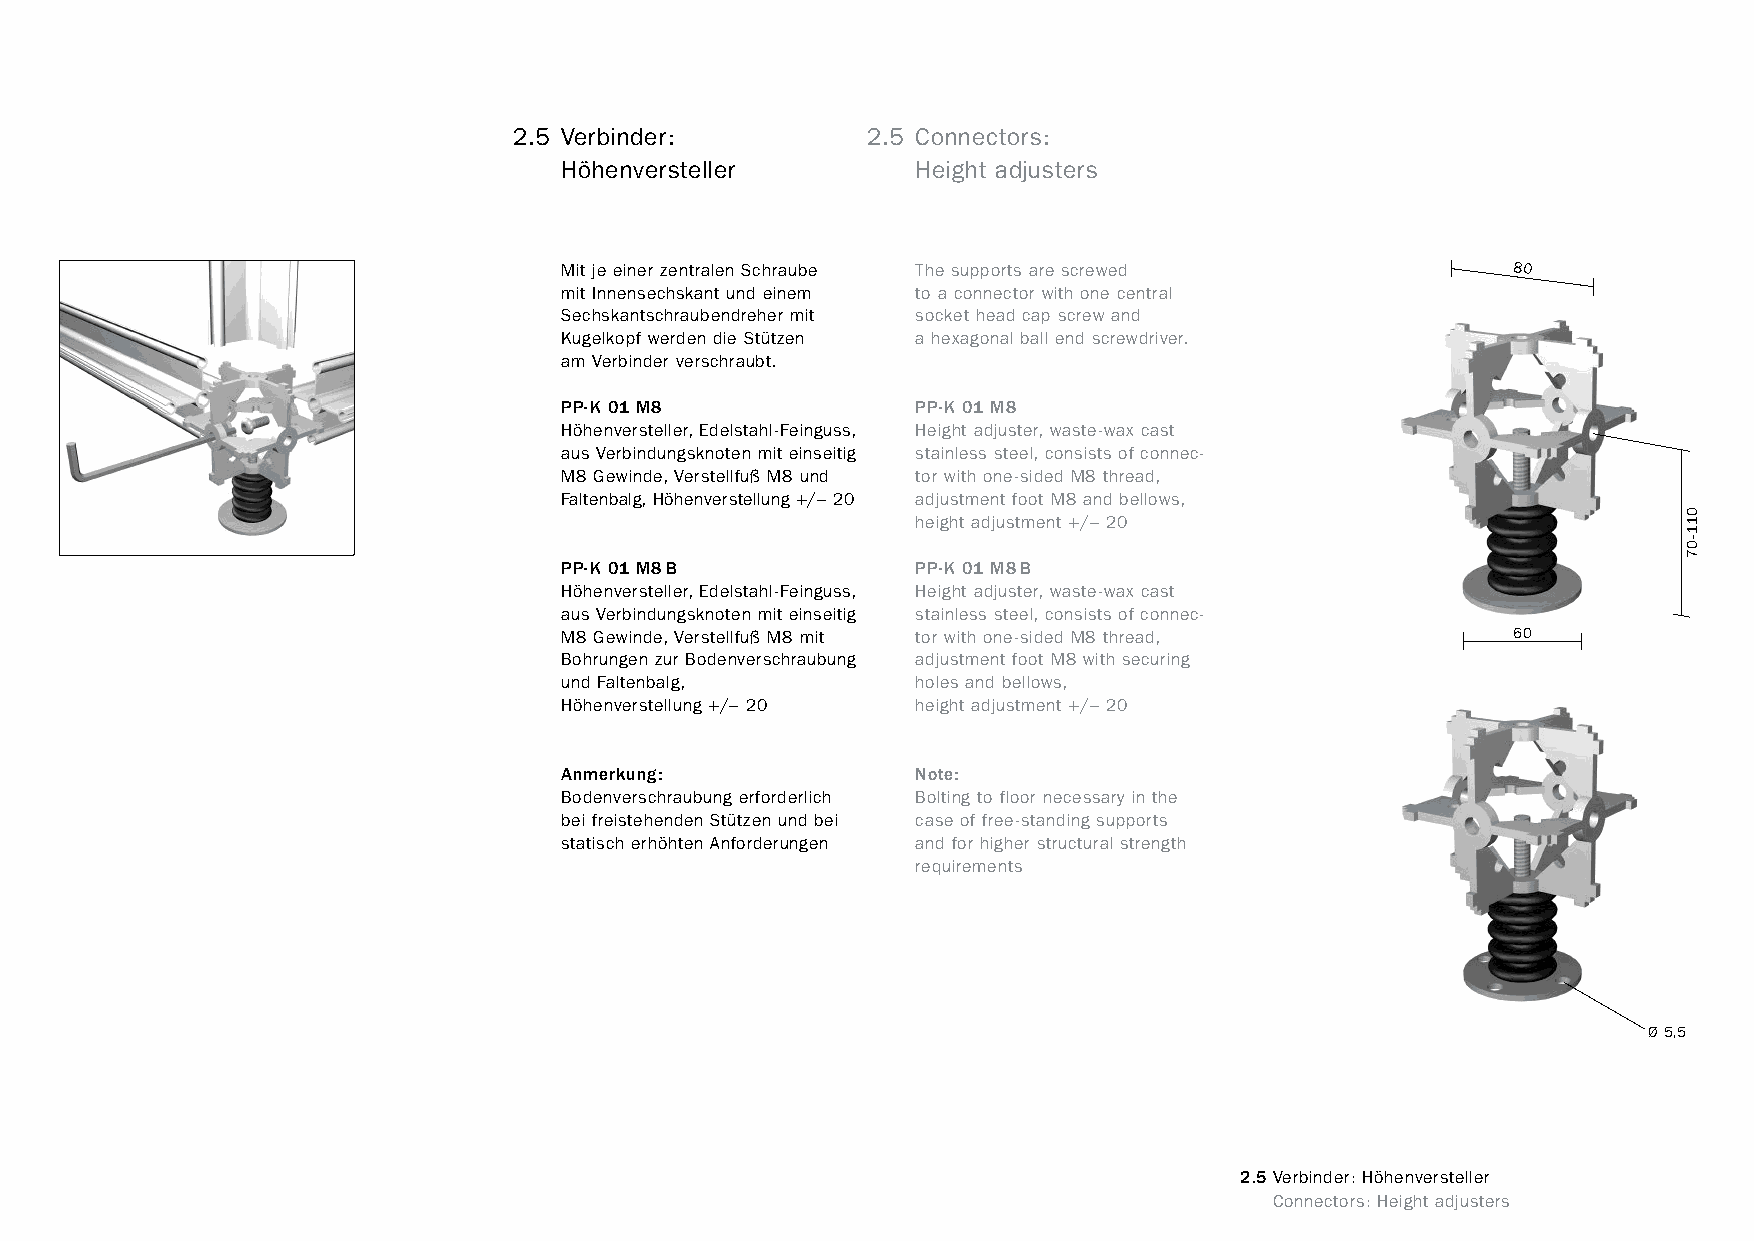
constructivpila petite        2.5 Verbinder:         2.5 Connectors:
 Höhenversteller         Height adjusters
 Mit je einer zentralen Schraube The supports are screwed       80
 mit Innensechskant und einem to a connector with one central
 Sechskantschraubendreher mit socket head cap screw and
 Kugelkopf werden die Stützen a hexagonal ball end screwdriver.
 am Verbinder verschraubt.
 PP-K 01 M8              PP-K 01 M8
 Höhenversteller, Edelstahl-Feinguss, Height adjuster, waste-wax cast
 aus Verbindungsknoten mit einseitig stainless steel, consists of connec-
 M8 Gewinde, Verstellfuß M8 und tor with one-sided M8 thread,
 Faltenbalg, Höhenverstellung +/– 20 adjustment foot M8 and bellows,
 height adjustment +/– 20
 PP-K 01 M8B             PP-K 01 M8B
 Höhenversteller, Edelstahl-Feinguss, Height adjuster, waste-wax cast
 aus Verbindungsknoten mit einseitig stainless steel, consists of connec-
 M8 Gewinde, Verstellfuß M8 mit tor with one-sided M8 thread,   60
 Bohrungen zur Bodenverschraubung adjustment foot M8 with securing
 und Faltenbalg,         holes and bellows,
 Höhenverstellung +/– 20 height adjustment +/– 20
 Anmerkung:              Note:
 Bodenverschraubung erforderlich Bolting to floor necessary in the
 bei freistehenden Stützen und bei case of free-standing supports
 statisch erhöhten Anforderungen and for higher structural strength
 requirements
 Ø5,5
 2.5Verbinder: Höhenversteller
 www.burkhardtleitner.de                                                         Connectors: Height adjusters
 011-07